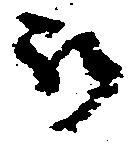
被